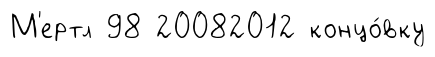
М'ертл 98 20082012 концо́вку